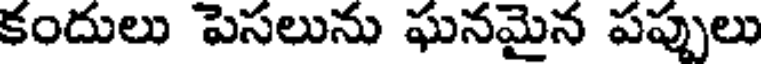
కందులు పెసలును ఘనమైన పప్పులు